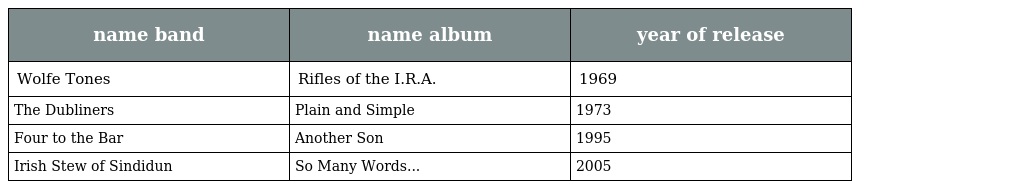
| name band | name album | year of release |
 | --- | --- | --- |
 | Wolfe Tones | Rifles of the I.R.A. | 1969 |
 | The Dubliners | Plain and Simple | 1973 |
 | Four to the Bar | Another Son | 1995 |
 | Irish Stew of Sindidun | So Many Words... | 2005 |